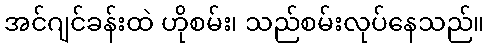
အင်ဂျင်ခန်းထဲ ဟိုစမ်း၊ သည်စမ်းလုပ်နေသည်။